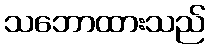
သဘောထားသည်